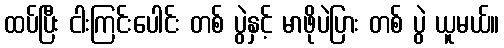
ထပ်ပြီး ငါးကြင်းပေါင်း တစ် ပွဲနှင့် မာဖိုပဲပြား တစ် ပွဲ ယူမယ်။